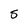
Character: S